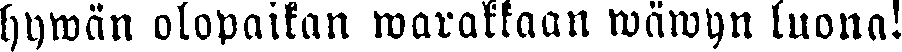
hywän olopaikan warakkaan wäwyn luona!